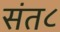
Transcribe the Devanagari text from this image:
संत८